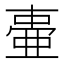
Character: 𬻫